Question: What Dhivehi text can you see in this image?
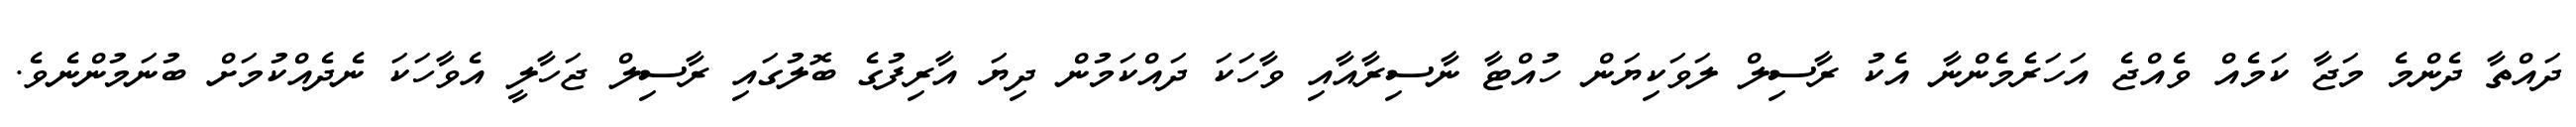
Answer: ދައްތާ ދެންމެ މަޖާ ކަމެއް ވެއްޖެ އަހަރެމެންނާ އެކު ރާސިލް ލަވަކިޔަން ހުއްޓާ ނާސިރާއާއި ވާހަކަ ދައްކަމުން ދިޔަ އާރިފުގެ ބޮލުގައި ރާސިލް ޖަހާލީ އެވާހަކަ ނެދެއްކުމަށް ބުނަމުންނެވެ.